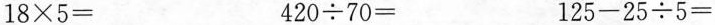
$$18\times5=$$ $$ 420\div70=$$ $$ 125-25\div5=$$